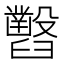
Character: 𦦹